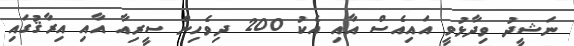
ނަޝީދު ވިދާޅުވީ އައިއެސް އާއި އެކު 200 ދިވެހިން ސީރިއާ އާއި އިރާޤުގައި